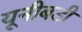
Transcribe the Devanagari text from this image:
यूनीबडी